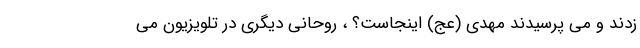
زدند و می پرسیدند مهدی (عج) اینجاست؟ ، روحانی دیگری در تلویزیون می